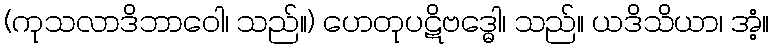
(ကုသလာဒိဘာဝေါ၊ သည်။) ဟေတုပဋိဗဒ္ဓေါ၊ သည်။ ယဒိသိယာ၊ အံ့။